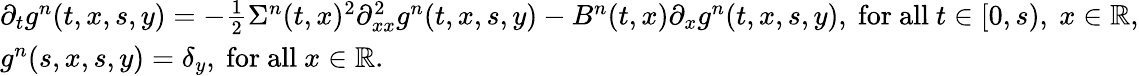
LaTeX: \begin{array}{l}{\partial_{t}g^{n}(t,x,s,y)=-\frac{1}{2}\Sigma^{n}(t,x)^{2}\partial_{xx}^{2}g^{n}(t,x,s,y)-B^{n}(t,x)\partial_{x}g^{n}(t,x,s,y),~\mathrm{for~all}~t\in[0,s),~x\in\mathbb{R},}\\ {g^{n}(s,x,s,y)=\delta_{y},~\mathrm{for~all}~x\in\mathbb{R}.}\end{array}